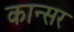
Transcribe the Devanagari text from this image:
कान्सर